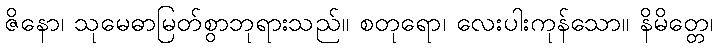
ဇိနော၊ သုမေဓာမြတ်စွာဘုရားသည်။ စတုရော၊ လေးပါးကုန်သော။ နိမိတ္တေ၊